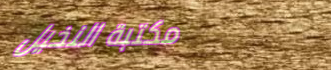
مكتبة النخيل